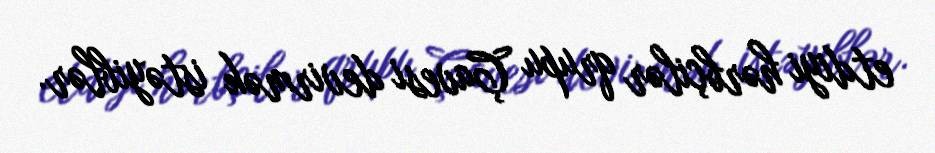
etdiyi hərbçilər qrupu Çavesi devirmək istəyiblər.